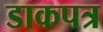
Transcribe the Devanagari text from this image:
डाकपत्र